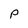
Character: p